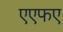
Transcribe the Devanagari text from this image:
एएफए